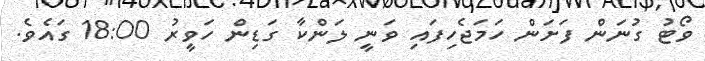
ވޯޓު ގުނަން ފަށަން ހަމަޖެހިފައި ވަނީ ލަންކާ ގަޑިން ހަވީރު 18:00 ގައެވެ.